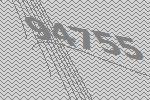
94755